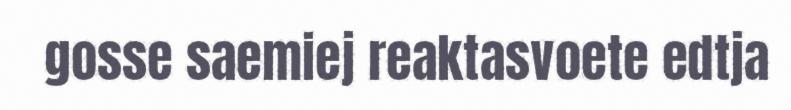
gosse saemiej reaktasvoete edtja